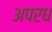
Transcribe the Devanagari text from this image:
अपरध